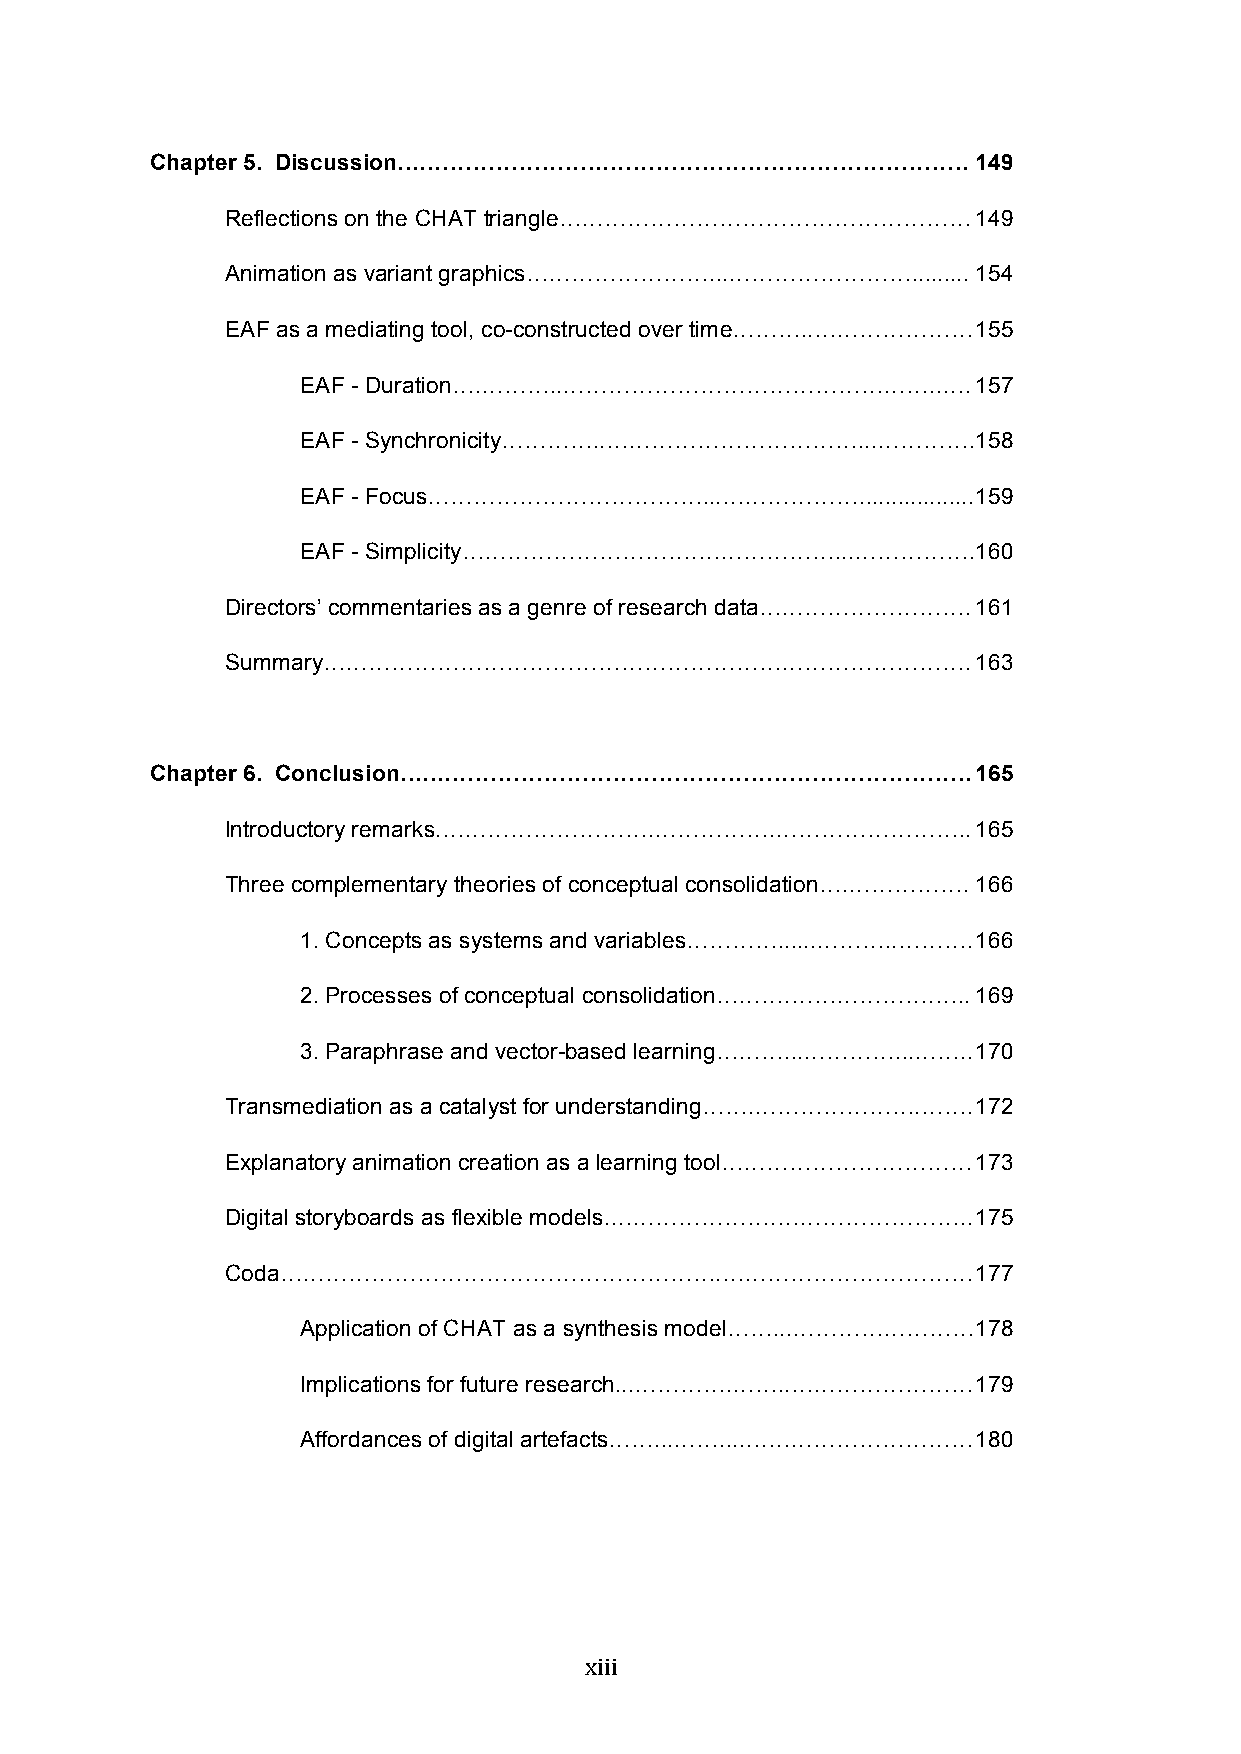
Chapter 5. Discussion…………………………………………………………………         149
 Reflections on the CHAT triangle……………………………………………… 149
 Animation as variant graphics……………………...……………………......... 154
 EAF as a mediating tool, co-constructed over time………..………………… 155
 EAF - Duration….………..…………………………………………..….    157
 EAF - Synchronicity…………..……………………………...…………. 158
 EAF - Focus………………………………...……………….................. 159
 EAF - Simplicity………………………….………………...…………….   160
 Directors’ commentaries as a genre of research data………………………. 161
 Summary………………………………………………………………………….              163
 Chapter 6. Conclusion…………………………………………………………………         165
 Introductory remarks.……………………….…………….……………………..   165
 Three complementary theories of conceptual consolidation….……………. 166
 1. Concepts as systems and variables…………......………..………. 166
 2. Processes of conceptual consolidation……….……………….….. 169
 3. Paraphrase and vector-based learning………...…………...…….. 170
 Transmediation as a catalyst for understanding…….………………….……. 172
 Explanatory animation creation as a learning tool…………………………… 173
 Digital storyboards as flexible models.………………….…………………….. 175
 Coda………………………………………………….……………………………               177
 Application of CHAT as a synthesis model……...…………………… 178
 Implications for future research...………….……..…………………… 179
 Affordances of digital artefacts……...……...….……………………… 180
 xiii